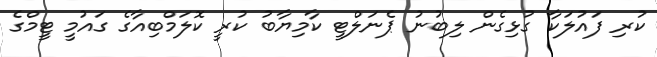
ކުރި ފައުލަކާ ގުޅިގެން ލިބުނު ޕެނަލްޓީ ކާމިޔާބު ކުރީ ކޮލަމްބިއާގެ ގައުމީ ޓީމްގެ